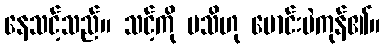
နေသင့်သည်။ သင့်ကို မသိဟု မောင်းမဲကုန်၏။